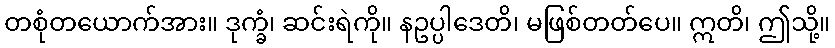
တစုံတယောက်အား။ ဒုက္ခံ၊ ဆင်းရဲကို။ နဥပ္ပါဒေတိ၊ မဖြစ်တတ်ပေ။ ဣတိ၊ ဤသို့။